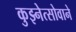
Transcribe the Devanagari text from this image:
कुझ्नेत्सोवाने